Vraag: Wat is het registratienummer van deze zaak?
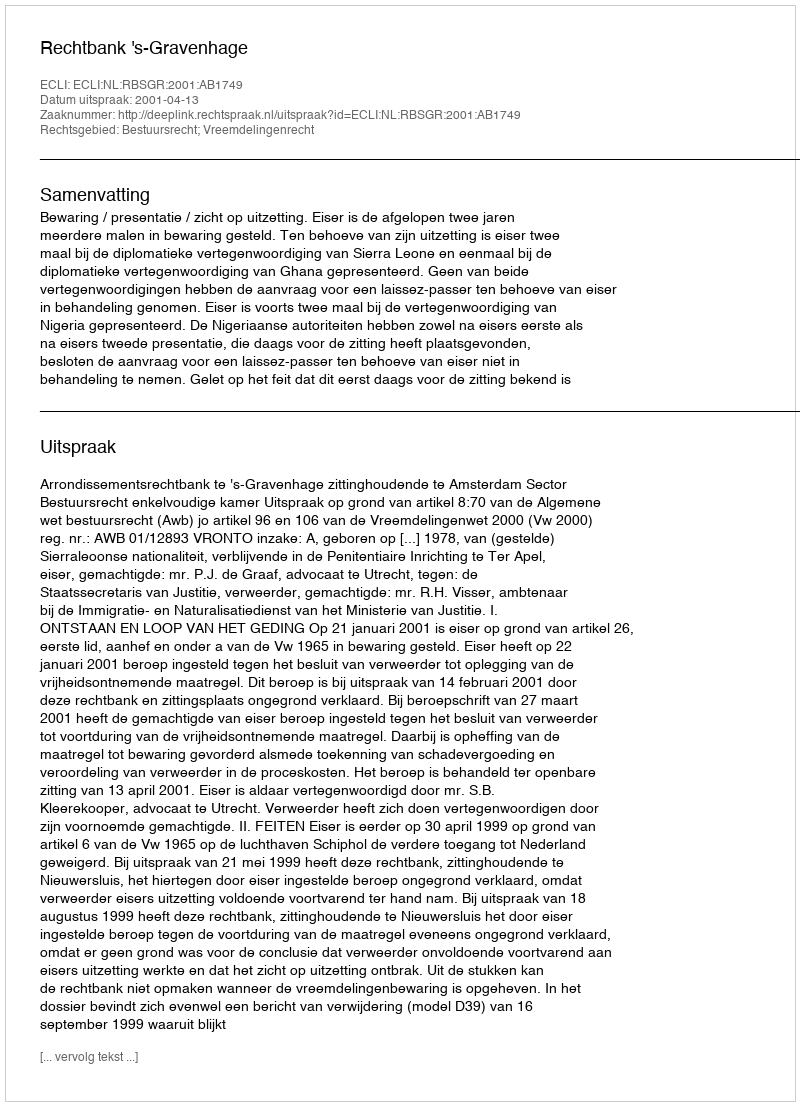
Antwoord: http://deeplink.rechtspraak.nl/uitspraak?id=ECLI:NL:RBSGR:2001:AB1749